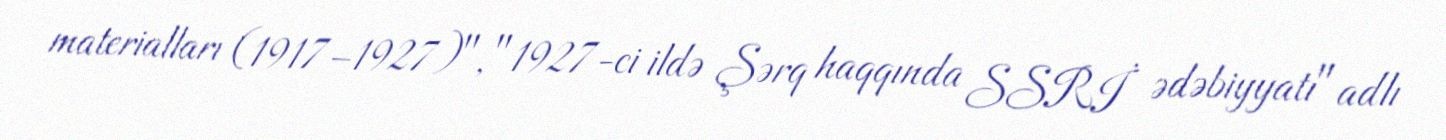
materialları (1917–1927)", "1927-ci ildə Şərq haqqında SSRİ ədəbiyyatı" adlı